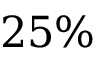
2 5 \%